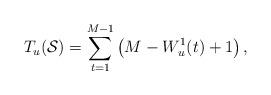
LaTeX: \begin{align*}T_u(\mathcal{S}) = \sum_{t=1}^{M-1} \left( M - W_u^1(t) + 1 \right),\end{align*}